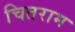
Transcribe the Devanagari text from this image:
चितराम